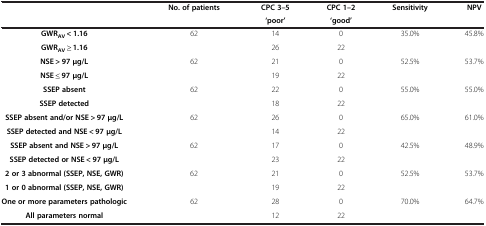
<table><thead><tr><td><b> </b></td><td><b>No. of patients</b></td><td><b>CPC 3–5</b></td><td><b>CPC 1–2</b></td><td><b>Sensitivity</b></td><td><b>NPV</b></td></tr><tr><td><b> </b></td><td><b> </b></td><td><b>‘poor’</b></td><td><b>‘good’</b></td><td><b> </b></td><td><b> </b></td></tr></thead><tbody><tr><td><b>GWR</b><sub><b>AV</b></sub> <b>&lt; 1.16</b></td><td rowspan="2">62</td><td>14</td><td>0</td><td rowspan="2">35.0%</td><td rowspan="2">45.8%</td></tr><tr><td><b>GWR</b><sub><b>AV</b></sub> <b>≥ 1.16</b></td><td>26</td><td>22</td></tr><tr><td><b>NSE &gt; 97 μg/L</b></td><td rowspan="2">62</td><td>21</td><td>0</td><td rowspan="2">52.5%</td><td rowspan="2">53.7%</td></tr><tr><td><b>NSE ≤ 97 μg/L</b></td><td>19</td><td>22</td></tr><tr><td><b>SSEP absent</b></td><td rowspan="2">62</td><td>22</td><td>0</td><td rowspan="2">55.0%</td><td rowspan="2">55.0%</td></tr><tr><td><b>SSEP detected</b></td><td>18</td><td>22</td></tr><tr><td><b>SSEP absent and/or NSE &gt; 97 μg/L</b></td><td rowspan="2">62</td><td>26</td><td>0</td><td rowspan="2">65.0%</td><td rowspan="2">61.0%</td></tr><tr><td><b>SSEP detected and NSE &lt; 97 μg/L</b></td><td>14</td><td>22</td></tr><tr><td><b>SSEP absent and NSE &gt; 97 μg/L</b></td><td rowspan="2">62</td><td>17</td><td>0</td><td rowspan="2">42.5%</td><td rowspan="2">48.9%</td></tr><tr><td><b>SSEP detected or NSE &lt; 97 μg/L</b></td><td>23</td><td>22</td></tr><tr><td><b>2 or 3 abnormal (SSEP, NSE, GWR)</b></td><td rowspan="2">62</td><td>21</td><td>0</td><td rowspan="2">52.5%</td><td rowspan="2">53.7%</td></tr><tr><td><b>1 or 0 abnormal (SSEP, NSE, GWR)</b></td><td>19</td><td>22</td></tr><tr><td><b>One or more parameters pathologic</b></td><td>62</td><td>28</td><td>0</td><td>70.0%</td><td>64.7%</td></tr><tr><td><b>All parameters normal</b></td><td> </td><td>12</td><td>22</td><td> </td><td> </td></tr></tbody></table>